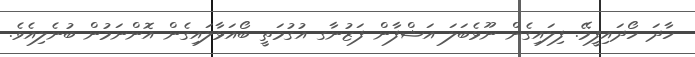
ހާދަ ހޯދައިފީމޭ. ފިލައިގެން ނޫޅެބަލަ އަޝްފާން ފަޒުނާގ އުގުމަތީ ބޯއަޅާލައިގެން އޮންނަމުން ބުނެލިއެވެ.